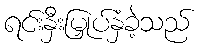
ရင်းနှီးမြှုပ်နှံခဲ့သည်